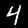
Label: 4